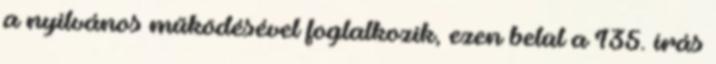
a nyilvános működésével foglalkozik, ezen belül a 135. írás